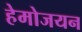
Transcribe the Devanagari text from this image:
हेमोजयन